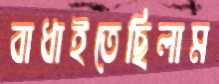
বাধাইতেছিলাম